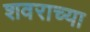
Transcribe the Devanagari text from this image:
शवराच्या